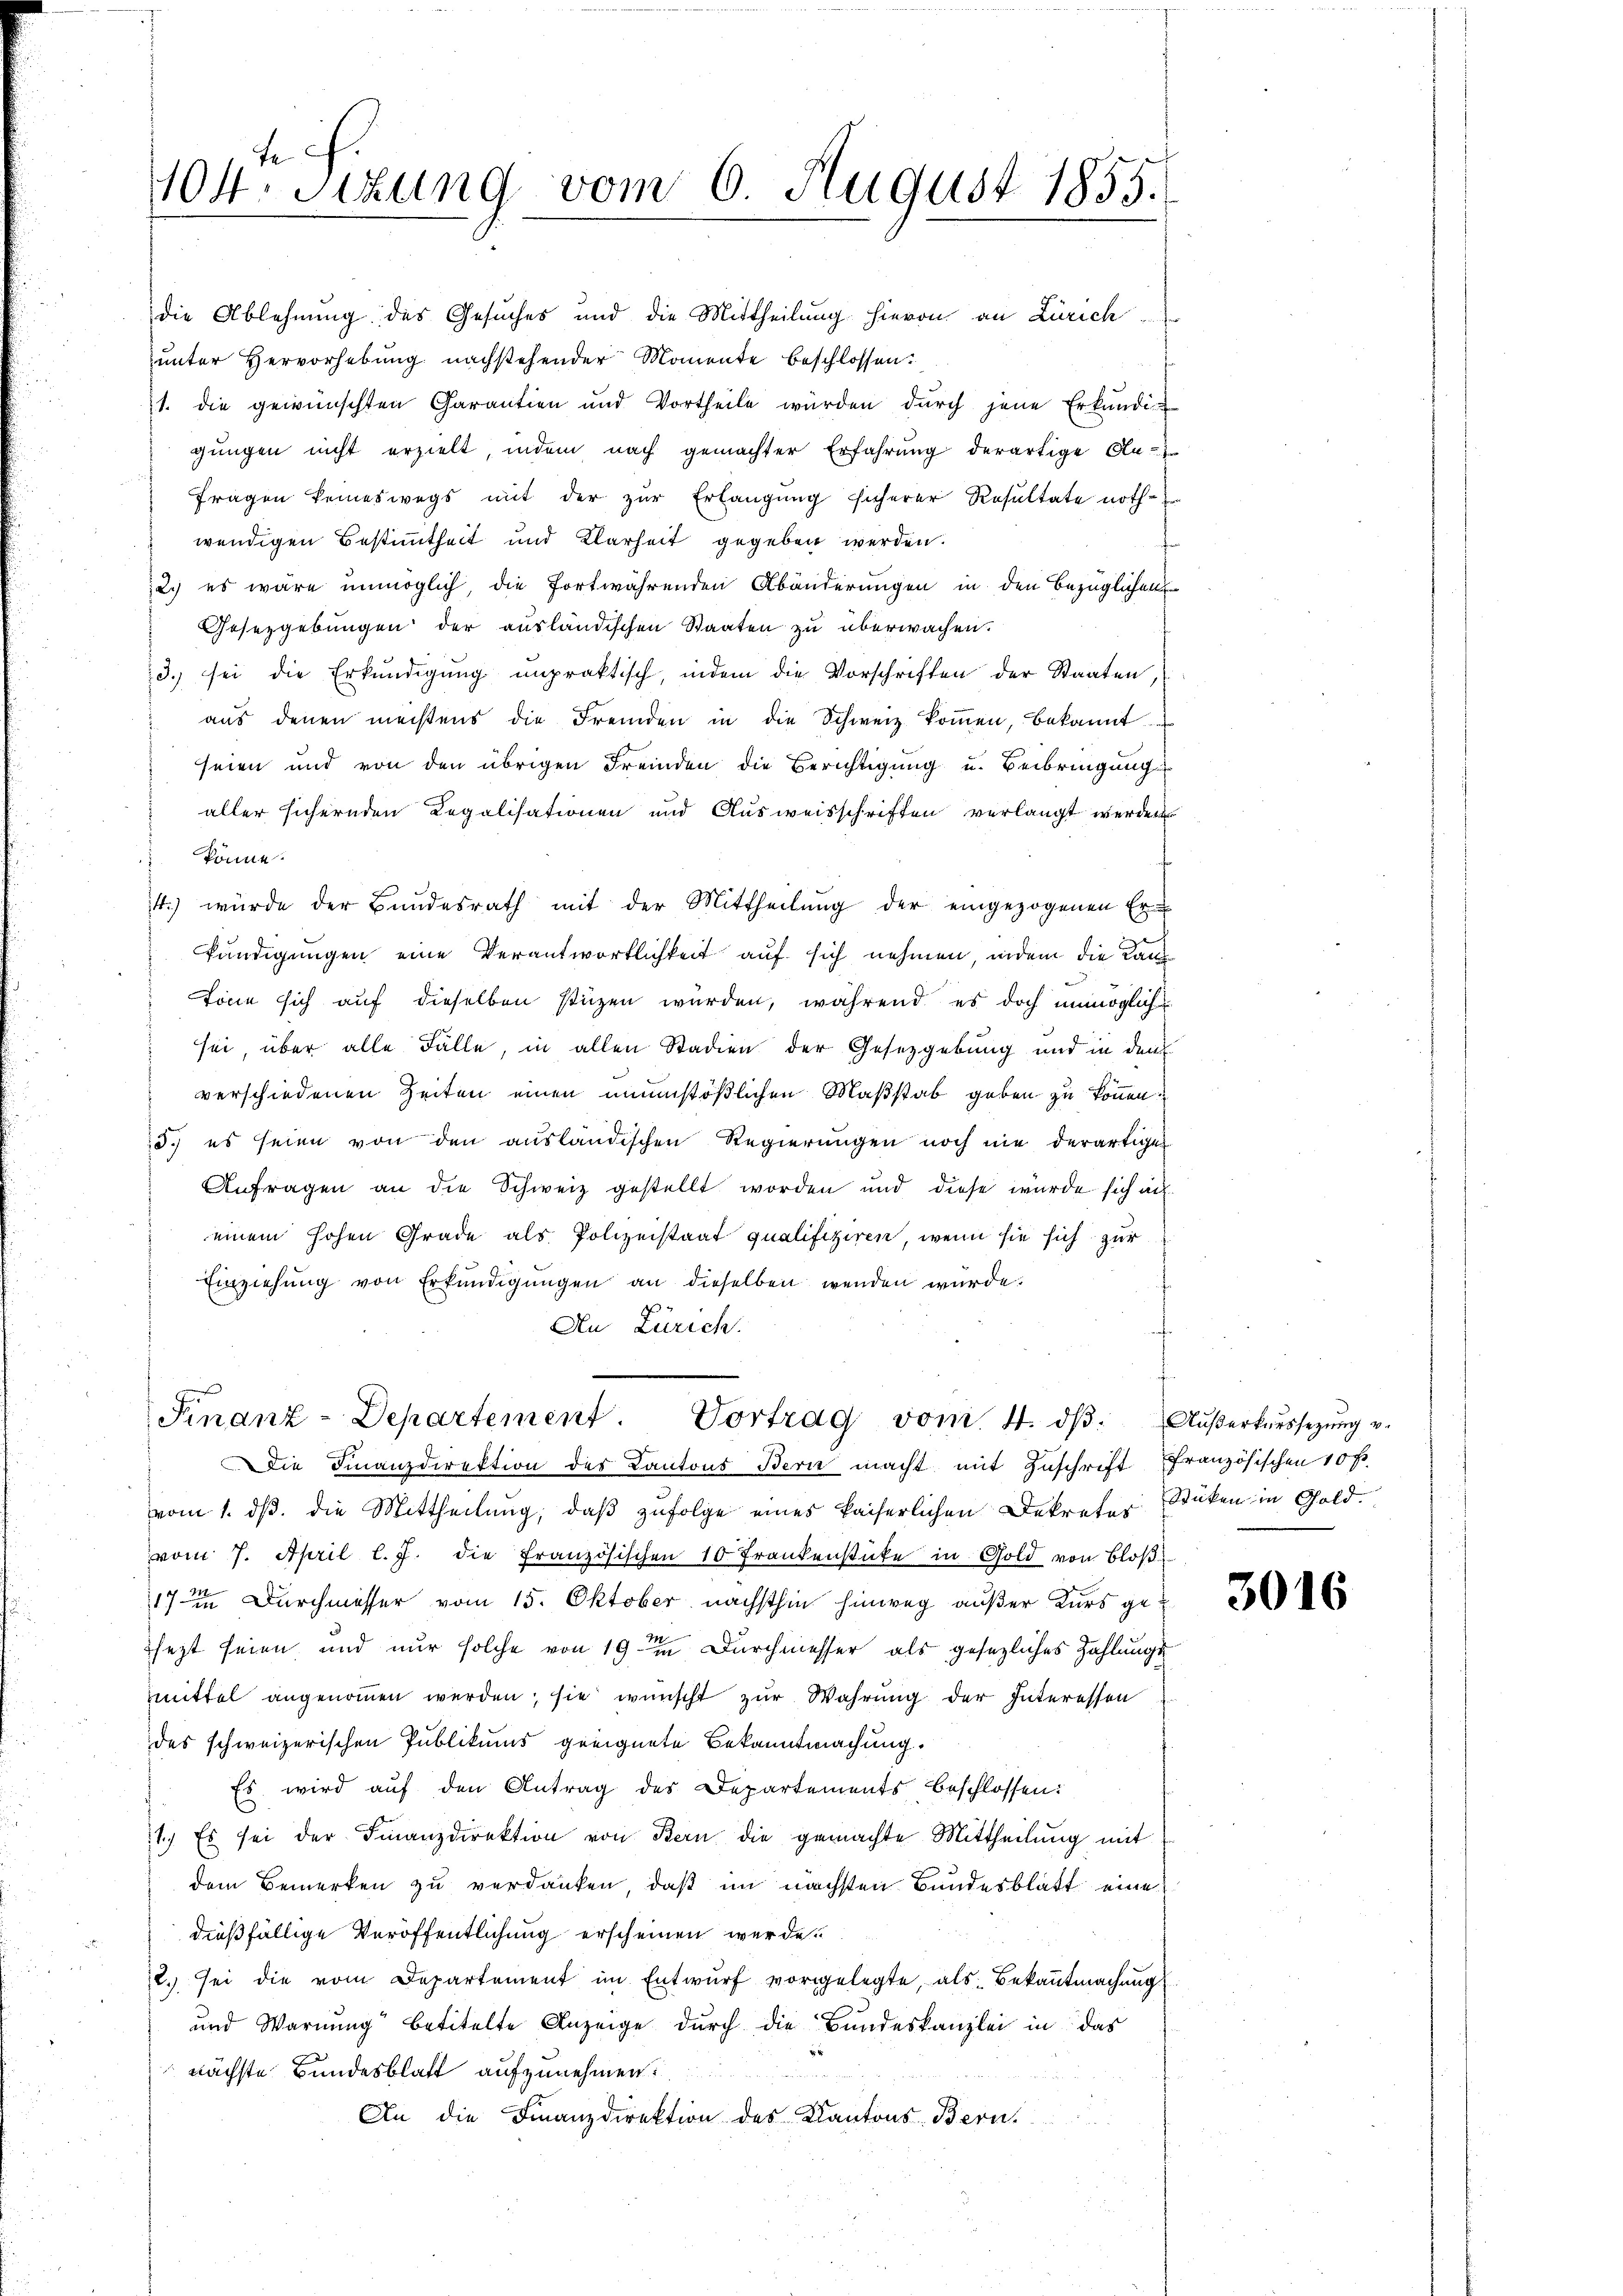
die Ablehnung des Gesuches und die Mittheilung hievon an Zürich
unter Hervorhebung nachstehender Momente beschlossen:
21. die gewünschten Garantien und Vortheile würden dŭrch jene Erkŭndi-
gungen nicht erzielt, indem nach gemachter Erfahrung derartige An-
Fragen keineswegs mit der zur Erlangung sicherer Resultate noth-
wendigen Bestimmtheit und Klarheit gegeben werden.
12.) es wäre unmöglich die fortwährenden Abänderungen in den bezüglichen
Gesetzgebungen der ausländischen Staaten zu überwachen.
3. sei die Erkŭndigŭng unpraktisch, indem die Vorschriften der Staaten,
aŭs denen meistens die Fremden in die Schweiz koṁen, bekannt
seien und von den übrigen Fremden die Berichtigung u. Beibringung
aller sichernden Legalisationen und Ausweisschriften verlangt werden
könne.
14.) würde der Bundesrath mit der Mittheilŭng der eingezogenen Er-
kündigungen eine Verantwortlichkeit auf sich nehmen, indem die Kanztöne sich auf dieselben stüzen würden, während es doch unmöglich
sei über alle Fälle, in allen Stadien der Gesetzgebung und in dem
verschiedenen Zeiten einen unumstößlichen Maßstab geben zu können.
5.) es seien von den ausländischen Regierŭngen noch nie derartiger
Anfragen an die Schweiz gestellt worden und diese wurde sich au
einem hohen Grade als Polizeistaat qualifiziren, wenn sie sich zur
Einziehung von Erkundigungen an dieselben wenden würde.
n
An Zürich.

104. Sizung vom 6. August 1855.

Finanz-Departement. Vortrag vom 4. ds.
Die Finanzdirektion der Kantons Bern macht mit Zuschrift französischen 10 f.

vom 1. dβ. die Mittheilŭng, daβ zŭfolge eines kaiserlichen Dekreter Stüken in Gold.
vom 7. April l. J. die Französischen 10 Frankenstücke in Gold von Bloß
17 Durchmesser vom 15. Oktober nächsthin hinweg außer Kurs gen
sezt seien und nur solche von 19 in Durchmesser als gesezliches Zahlungsmmittel angenommen werden; sie wünscht zur Wahrung der Interessen
des schweizerischen Publikums geeignete Bekanntmachung.
Es wird auf den Antrag des Departements beschlossen:
1.) Es sei der Finanzdirektion von Bern die gemachte Mittheilung mit
dem Bemerken zu verdanken, daß im nächsten Bundesblatt eine
dießfällige Veröffentlichung erscheinen werde.
2.) sei die vom Departement im Entwurf vorgelegte, als Bekanntmachung
und Warnung“ betitelte Anzeige durch die Bundeskanzlei in das
nächste Bundesblatt aufzunehmen
An die Finanzdirektion des Kantons-Bern.

Außerkurssezung v.

3016